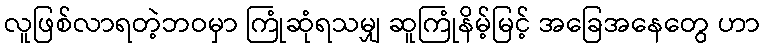
လူဖြစ်လာရတဲ့ဘဝမှာ ကြုံဆုံရသမျှ ဆူကြုံနိမ့်မြင့် အခြေအနေတွေ ဟာ